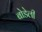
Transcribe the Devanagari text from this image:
बोडेली